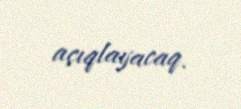
açıqlayacaq.